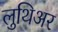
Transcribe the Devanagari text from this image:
लुथिअर